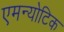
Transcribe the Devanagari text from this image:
एमन्योटिक